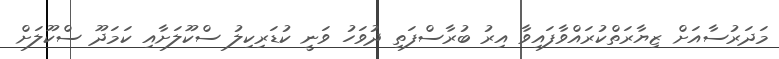
މަދަރުސާއަށް ޒިޔާރަތްކުރައްވާފައިވާ އިރު ބުރާސްފަތި ދުވަހު ވަނީ ކުޑަރިކިލު ސްކޫލަށާއި ކަމަދޫ ސްކޫލަށް